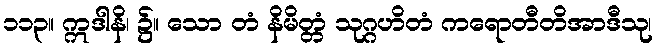
၁၁၃။ ဣဒါနိ၊ ၌။ သော တံ နိမိတ္တံ သုဂ္ဂဟိတံ ကရောတီတိအာဒီသု၊